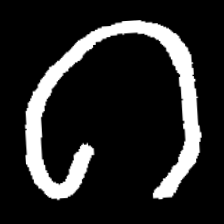
Pyu character \u2014 Myanmar letter: ဂ (romanized: ga)